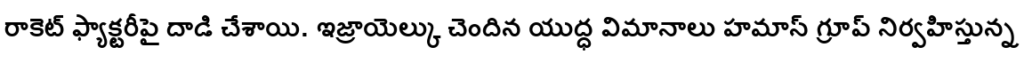
రాకెట్ ఫ్యాక్టరీపై దాడి చేశాయి. ఇజ్రాయెల్కు చెందిన యుద్ధ విమానాలు హమాస్ గ్రూప్ నిర్వహిస్తున్న